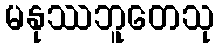
မနုဿဘူတေသု